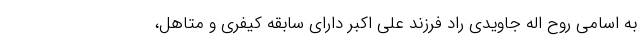
به اسامی روح اله جاویدی راد فرزند علی اکبر دارای سابقه کیفری و متاهل،